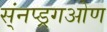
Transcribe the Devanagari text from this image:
स्ंनप्ड्रगओण